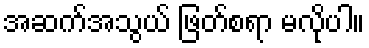
အဆက်အသွယ် ဖြတ်စရာ မလိုပါ။